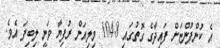
އެ ކުންފުންޏަށް ފައިދާގެ ގޮތުގައި 104.8 މިލިއަން ރުފިޔާ ވަނީ ލިބިފަ އެވެ.